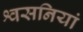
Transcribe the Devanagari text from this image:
श्वसनियां